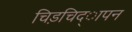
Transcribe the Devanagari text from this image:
चिड़चिद्ापन